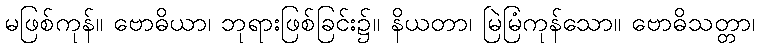
မဖြစ်ကုန်။ ဗောဓိယာ၊ ဘုရားဖြစ်ခြင်း၌။ နိယတာ၊ မြဲမြံကုန်သော။ ဗောဓိသတ္တာ၊